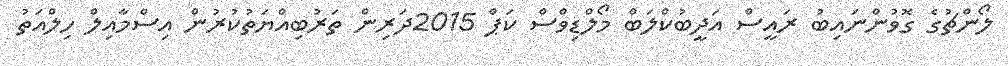
ލޯންޗުގެ ގޮވުންނައިބު ރައީސް އަދީބުކްލަބް މޯލްޑިވްސް ކަޕް 2015ދަރިން ތަރުބިއްޔަތުކުރުން އިސްމާއިލް ހިލްއަތު